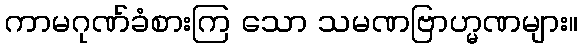
ကာမဂုဏ်ခံစားကြ သော သမဏဗြာဟ္မဏများ။